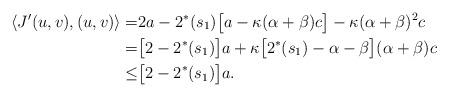
LaTeX: \begin{align*}\langle J'(u,v), (u,v)\rangle=&2a-2^*(s_1)\big[a-\kappa(\alpha+\beta)c\big]-\kappa(\alpha+\beta)^2c\\=&\big[2-2^*(s_1)\big]a+\kappa\big[2^*(s_1)-\alpha-\beta\big](\alpha+\beta)c\\\leq&\big[2-2^*(s_1)\big]a.\end{align*}